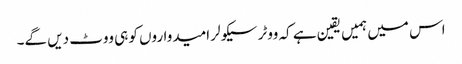
اس میں ہمیں یقین ہے کہ ووٹر سیکولر امیدواروں کو ہی ووٹ دیں گے۔